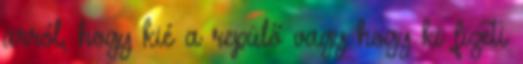
arról, hogy kié a repülő vagy hogy ki fizeti